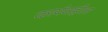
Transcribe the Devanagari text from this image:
कार्यवाहीला